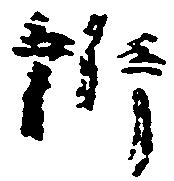
訴